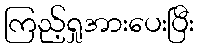
ကြည့်ရှုအားပေးပြီး